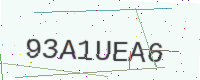
Text: 93A1UEA6